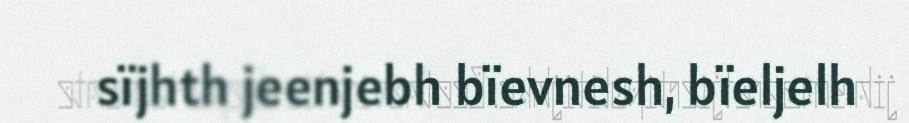
sïjhth jeenjebh bïevnesh, bïeljelh